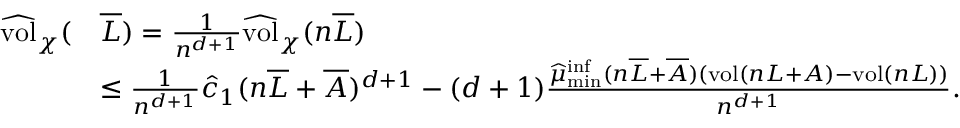
\begin{array} { r l } { \widehat { \mathrm { v o l } } _ { \chi } ( } & { \overline { L } ) = \frac { 1 } { n ^ { d + 1 } } \widehat { \mathrm { v o l } } _ { \chi } ( n \overline { L } ) } \\ & { \leq \frac { 1 } { n ^ { d + 1 } } \widehat c _ { 1 } ( n \overline { L } + \overline { A } ) ^ { d + 1 } - ( d + 1 ) \frac { \widehat { \mu } _ { \operatorname* { m i n } } ^ { \operatorname* { i n f } } ( n \overline { L } + \overline { A } ) ( \mathrm { v o l } ( n L + A ) - \mathrm { v o l } ( n L ) ) } { n ^ { d + 1 } } . } \end{array}